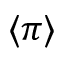
\langle \pi \rangle